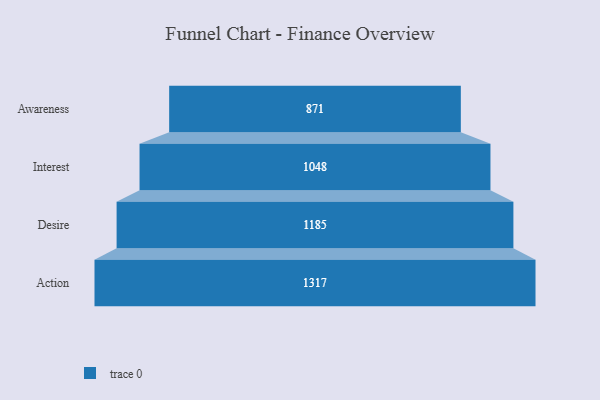
{"axis": {"x": "Stage", "y": "Value"}, "legend": [""], "data": [{"x": "Awareness", "y": 871.0, "type": ""}, {"x": "Interest", "y": 1048.0, "type": ""}, {"x": "Desire", "y": 1185.0, "type": ""}, {"x": "Action", "y": 1317.0, "type": ""}]}